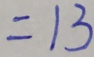
= 1 3